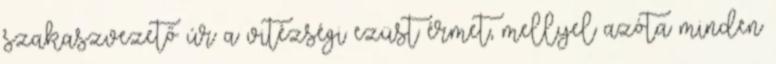
szakaszvezető úr a vitézségi ezüst érmet, mellyel azóta minden